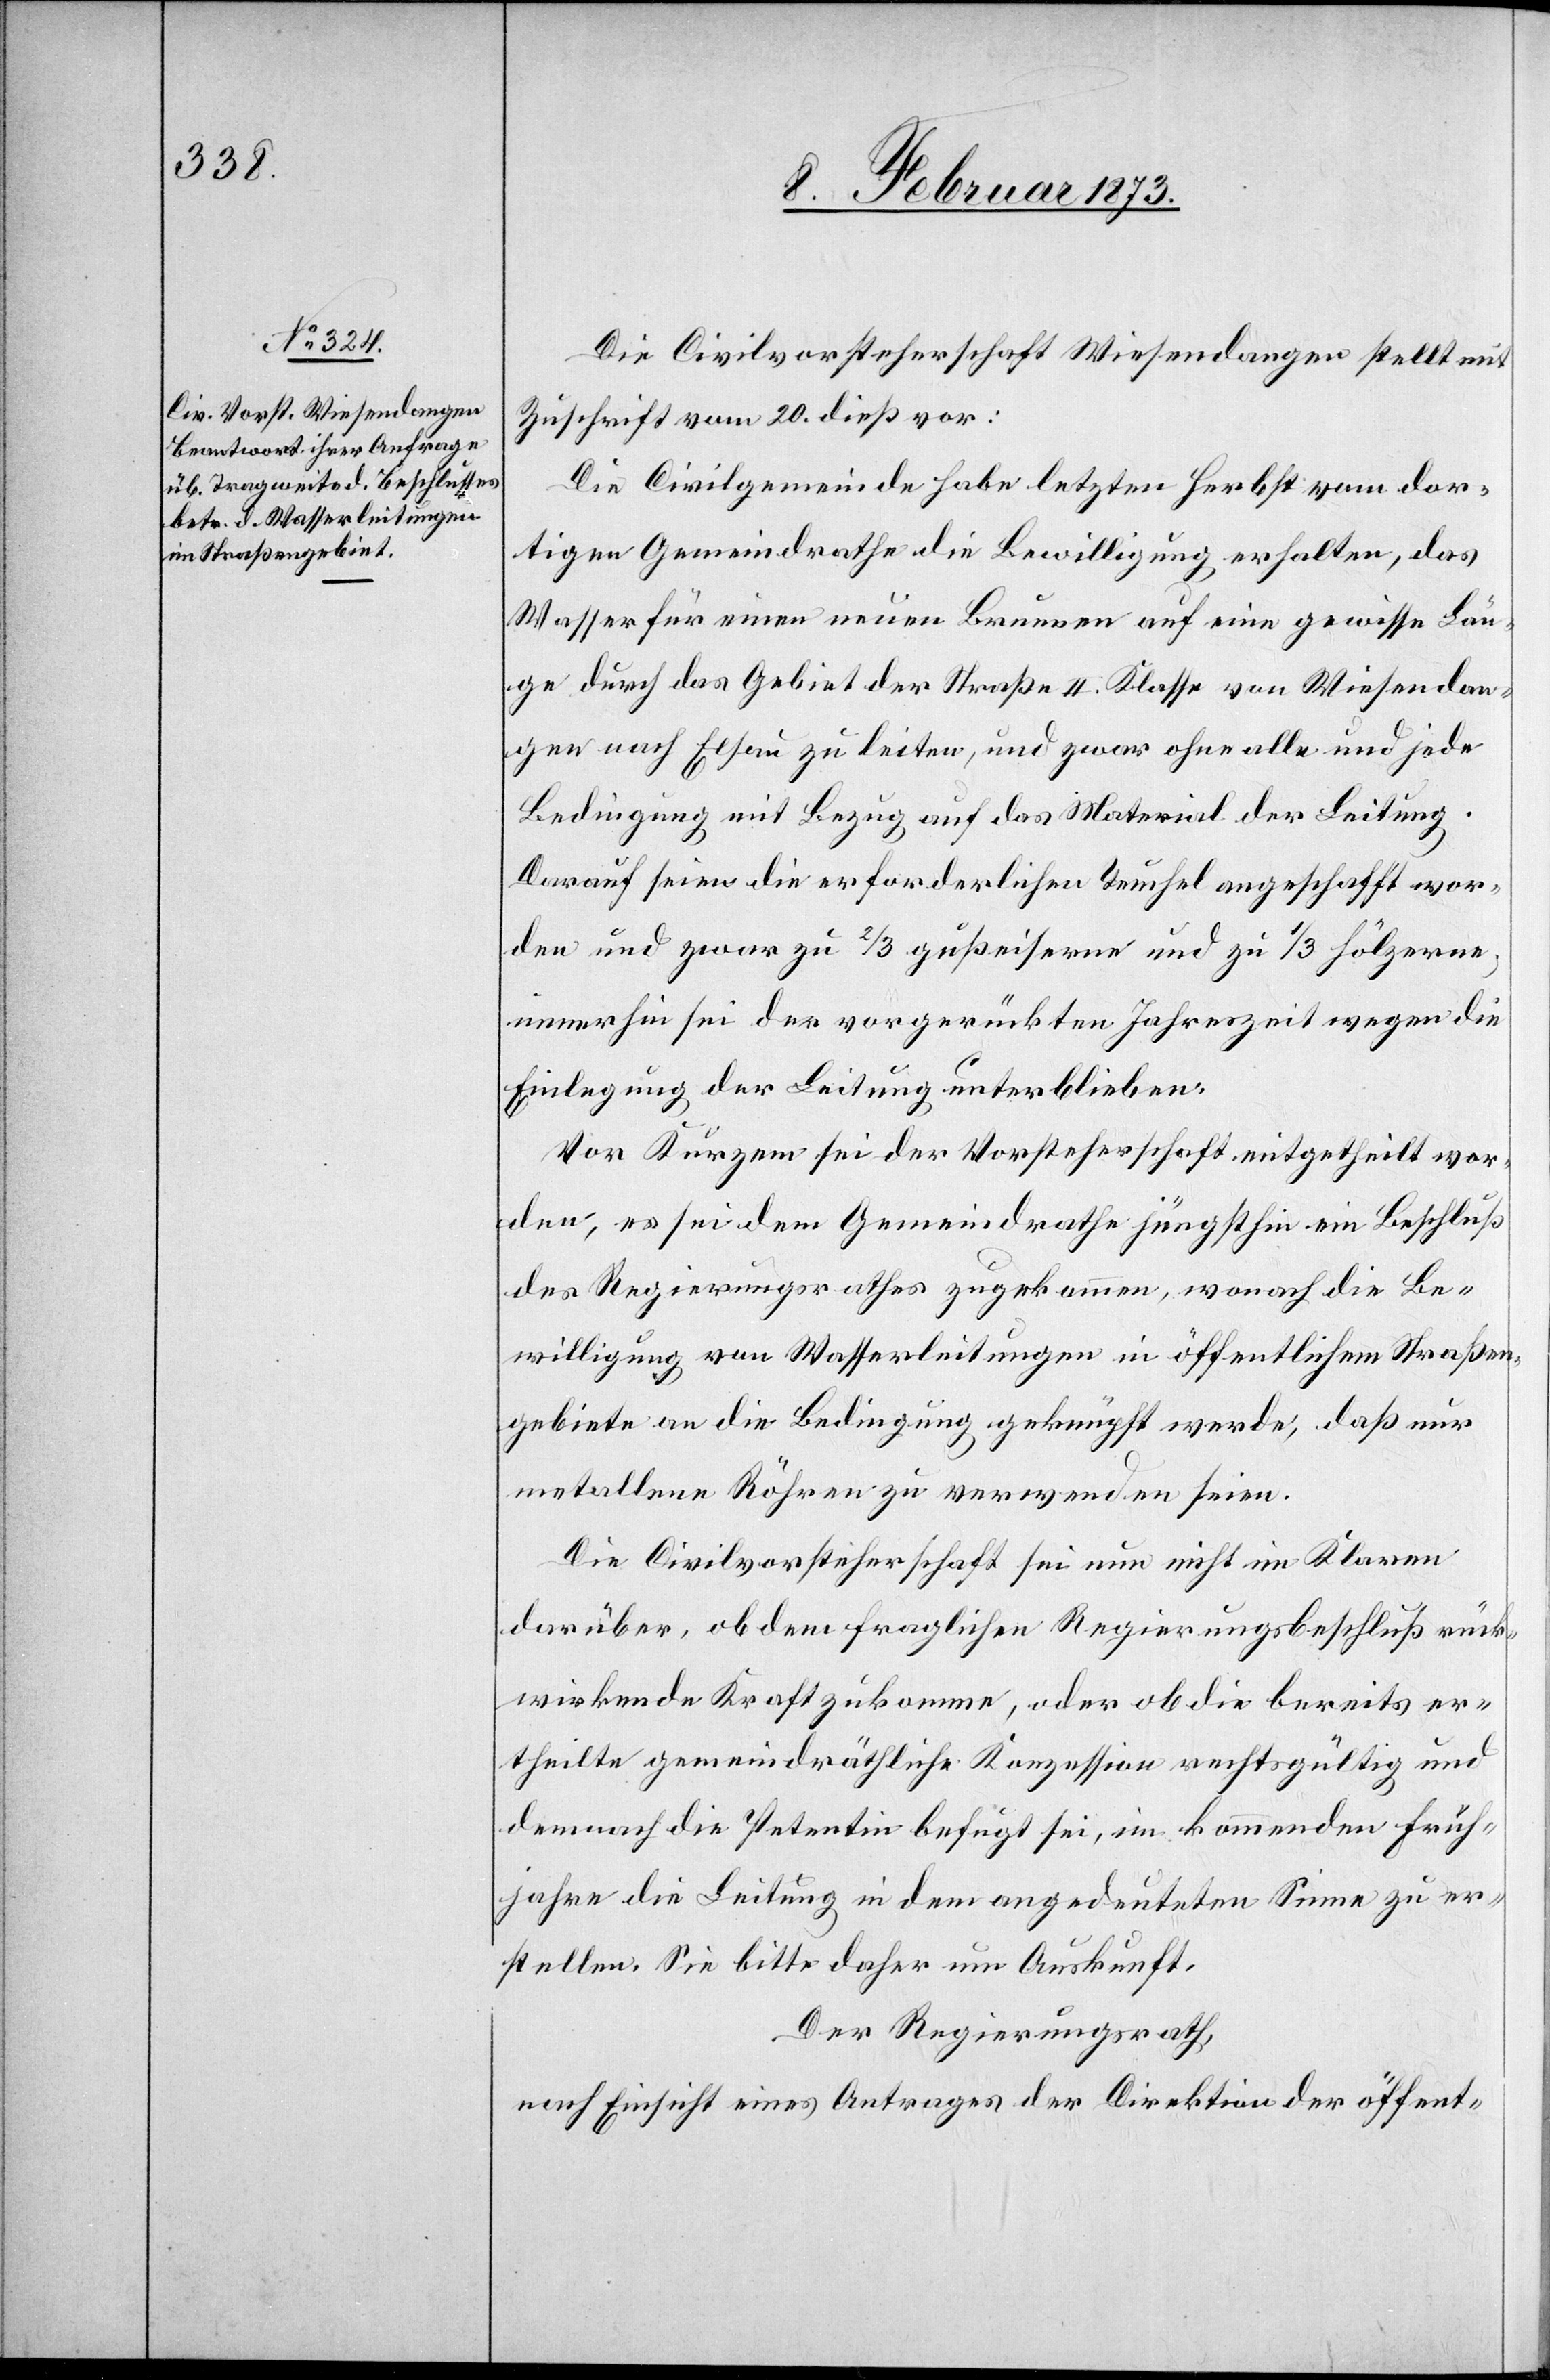
Die Civilvorsteherschaft Wiesendangen stellt mit
Zuschrift vom 20. dieß vor:
Die Civilgemeinde habe letzten Herbst vom dor¬
tigen Gemeindrathe die Bewilligung erhalten, das
Wasser für einen neuen Brunnen auf eine gewisse Län¬
ge durch das Gebiet der Straße II. Klasse von Wiesendan¬
gen nach Elsau zu leiten, und zwar ohne alle und jede
Bedingung mit Bezug auf das Material der Leitung.
Darauf seien die erforderlichen Teuchel angeschafft wor¬
den und zwar zu 2/3 gußeiserne und zu 1/3 hölzerne,
immerhin sei der vorgerückten Jahreszeit wegen die
Einlegung der Leitung unterbleiben.
Vor Kurzem sei der Vorsteherschaft mitgetheilt wor¬
den, es sei dem Gemeindrathe jüngsthin ein Beschluß
des Regierungsrathes zugekommen, wonach die Be¬
willigung von Wasserleitungen in öffentlichem Straßen¬
gebiete an die Bedingung geknüpft werde, daß nur
metallene Röhren zu verwenden seien.
Die Civilvorsteherschaft sei nun nicht im Klaren
darüber, ob dem fraglichen Regierungsbeschluß rück¬
wirkende Kraft zukomme, oder ob die bereits er¬
theilte gemeindräthliche Konzession rechtsgültig und
demnach die Petentin befugt sei, im kommenden Früh¬
jahre die Leitung in dem angedeuteten Sinne zu er¬
stellen. Sie bitte daher um Auskunft.
Der Regierungsrath,
nach Einsicht eines Antrages der Direktion der öffent-